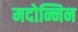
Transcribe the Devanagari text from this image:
मदोन्निन